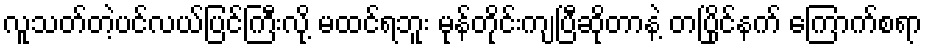
လူသတ်တဲ့ပင်လယ်ပြင်ကြီးလို့ မထင်ရဘူး မုန်တိုင်းကျပြီဆိုတာနဲ့ တပြိုင်နက် ကြောက်စရာ